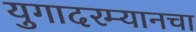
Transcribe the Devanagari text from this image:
युगादरम्यानचा